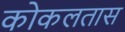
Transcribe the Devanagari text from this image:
कोकलतास